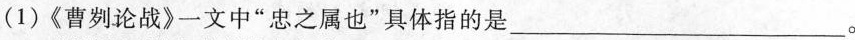
(1)《曹刿论战》一文中”忠之属也”具体指的是___。